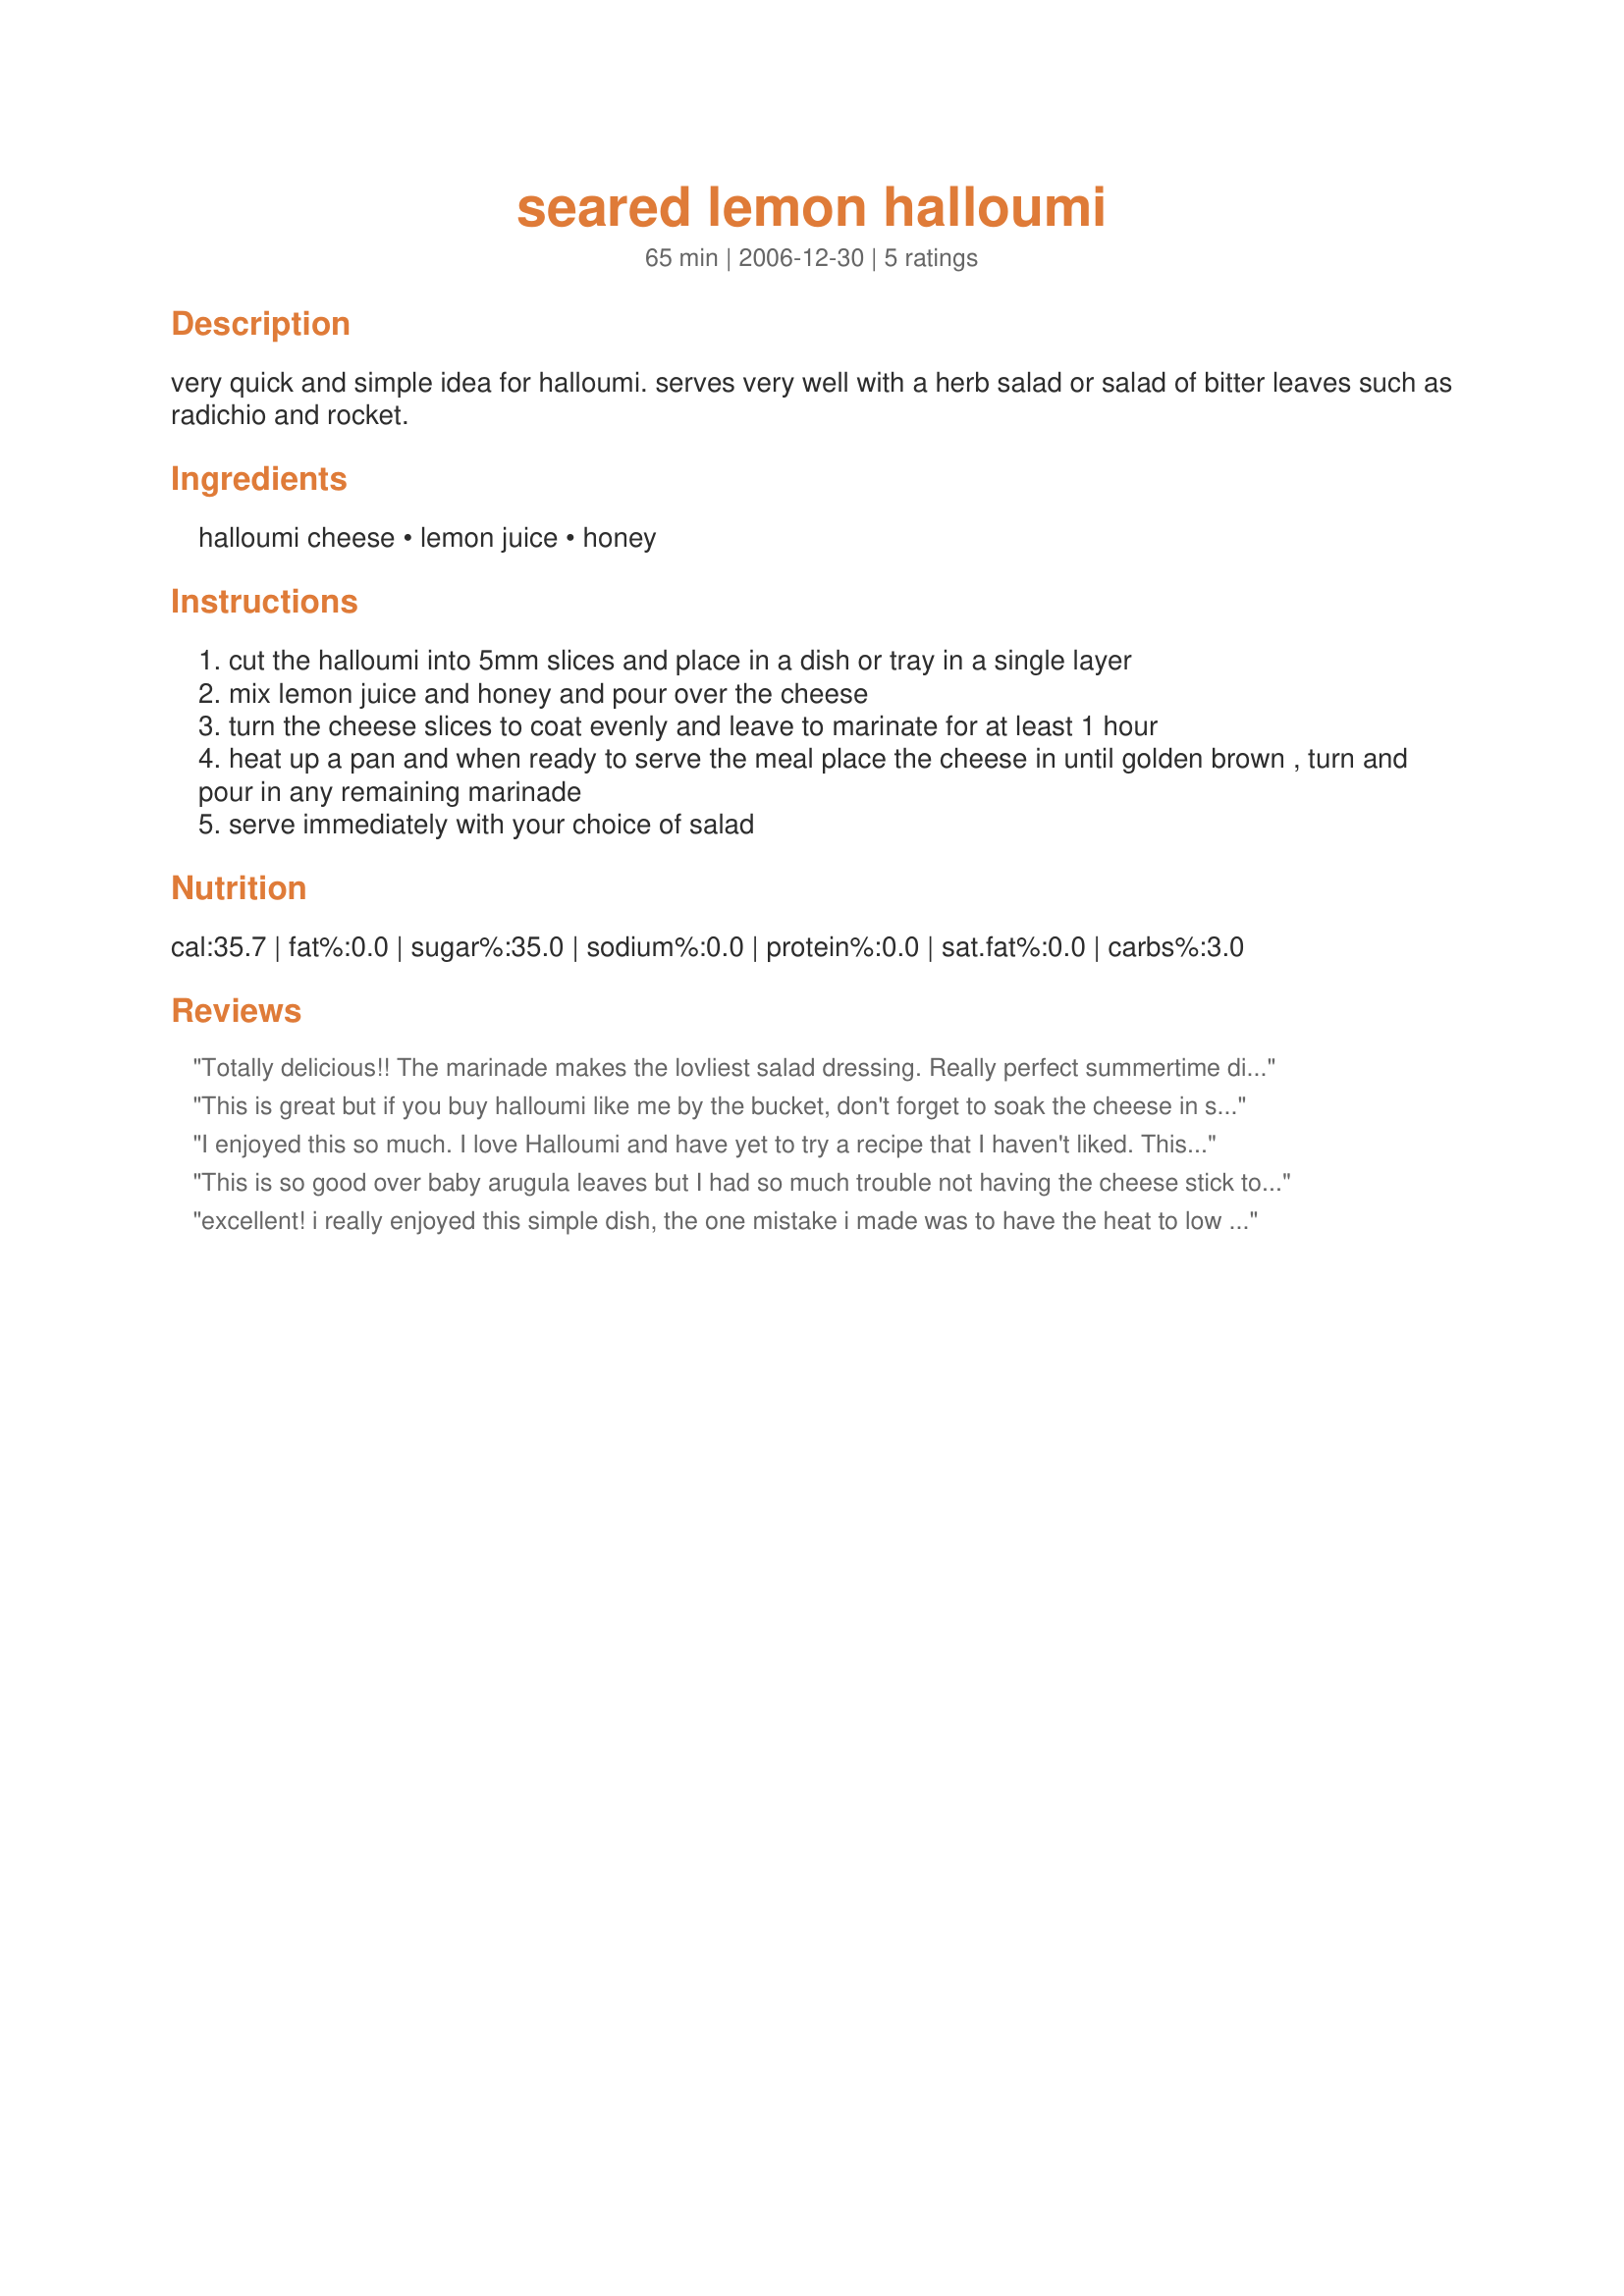
seared lemon halloumi
Preparation time: 65 minutes

very quick and simple idea for halloumi. serves very well with a herb salad or salad of bitter leaves such as radichio and rocket.

Ingredients:
halloumi cheese, lemon juice, honey

Steps:
cut the halloumi into 5mm slices and place in a dish or tray in a single layer
mix lemon juice and honey and pour over the cheese
turn the cheese slices to coat evenly and leave to marinate for at least 1 hour
heat up a pan and when ready to serve the meal place the cheese in until golden brown , turn and pour in any remaining marinade
serve immediately with your choice of salad

Reviews:
Totally delicious!!

The marinade makes the lovliest salad dressing. Really perfect summertime dinner.

Another great recipe PinkCherryBlossom!
This is great but if you buy halloumi like me by the bucket, don't forget to soak the cheese in some clean water to reduce the salt from the brine!
I enjoyed this so much. I love Halloumi and have yet to try a recipe that I haven't liked. This recipe is wonderful. The cheese has a nice subtle salty, lemon, honey flavor to it. I served the halloumi on top of toasted mini bagels and poured the marinade overtop. It was excellent. Thanks so much for sharing.
This is so good over baby arugula leaves but I had so much trouble not having the cheese stick to the pan. I don't have a new non-stick pan so that may be the reason but I always make haloomi cooked in olive oil and have no problems. Make sure to serve this immediately or the cheese hardens! I had two pans that had hard stuck on cheese to scrub. I won't make this again unless I get a new pan.
excellent! i really enjoyed this simple dish, the one mistake i made was to have the heat to low at first for a quick browning, next time it will look prettier lol.

made for best of 2009 tag
